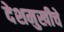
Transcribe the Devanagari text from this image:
देशमुखीचे